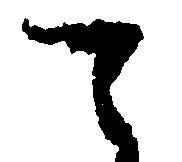
て